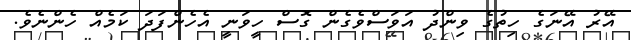
އޭރު އޭނަގެ ހިތުގެ ވިންދު އަވަސްވެގެން ގޮސް ހީވަނީ އެހެންފަދަ ކަމެއް ހެންނެވެ.